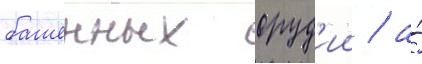
башенных оруд'ии / а́